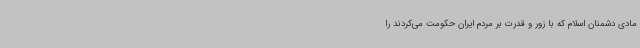
مادی دشمنان اسلام که با زور و قدرت بر مردم ایران حکومت می‌کردند را